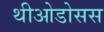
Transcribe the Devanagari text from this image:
थीओडोसस